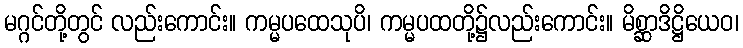
မဂ္ဂင်တို့တွင် လည်းကောင်း။ ကမ္မပထေသုပိ၊ ကမ္မပထတို့၌လည်းကောင်း။ မိစ္ဆာဒိဋ္ဌိယေဝ၊